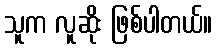
သူက လူဆိုး ဖြစ်ပါတယ်။